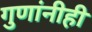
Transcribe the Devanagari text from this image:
गुणांनीही